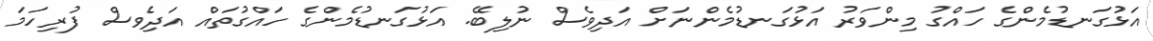
އަޅުގަނޑުމެންގެ ހައްގު މިންވަރު އަޅުގަނޑުމެންނަށް އަދިވެސް ނުލިބޭ. އަޅުގަނޑުމެންގެ ހައްގުތައް އަދިވެސް ފުރިހަމަ